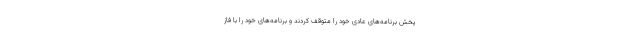
پخش برنامه‌های عادی خود را متوقف کردند و برنامه‌های خود را با فاز